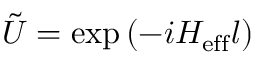
\tilde { U } = \exp \left( - i H _ { \mathrm { e f f } } l \right)